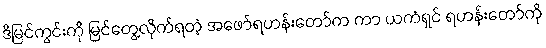
ဒီမြင်ကွင်းကို မြင်တွေ့လိုက်ရတဲ့ အဖော်ရဟန်းတော်က ကာ ယကံရှင် ရဟန်းတော်ကို